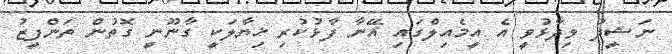
ނަޝީދު ވިދާޅުވީ އެ އީމެއިލްގައި އޭނާ ފާޅުކުރި ޚިޔާލަކީ ގާނޫނީ ގޮތުން ތަންފީޒު